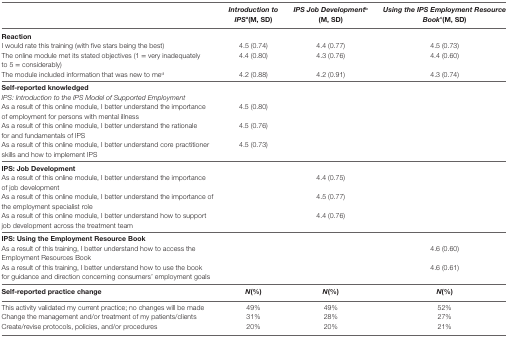
<table><thead><tr><td></td><td><b><i>Introduction to IPS<sup>a</sup></i>(M, SD)</b></td><td><b><i>IPS Job Development<sup>b</sup></i>(M, SD)</b></td><td><b><i>Using the IPS Employment Resource Book<sup>c</sup></i>(M, SD)</b></td></tr></thead><tbody><tr><td><b>Reaction</b></td><td></td><td></td><td></td></tr><tr><td>I would rate this training (with five stars being the best)</td><td>4.5 (0.74)</td><td>4.4 (0.77)</td><td>4.5 (0.73)</td></tr><tr><td>The online module met its stated objectives (1 = very inadequately to 5 = considerably)</td><td>4.4 (0.80)</td><td>4.3 (0.76)</td><td>4.4 (0.60)</td></tr><tr><td>The module included information that was new to me<sup>d</sup></td><td>4.2 (0.88)</td><td>4.2 (0.91)</td><td>4.3 (0.74)</td></tr><tr><td><b>Self-reported knowledge<sup>d</sup></b></td><td></td><td></td><td></td></tr><tr><td><i>IPS: Introduction to the IPS Model of Supported Employment</i></td><td></td><td></td><td></td></tr><tr><td>As a result of this online module, I better understand the importance of employment for persons with mental illness</td><td>4.5 (0.80)</td><td></td><td></td></tr><tr><td>As a result of this online module, I better understand the rationale for and fundamentals of IPS</td><td>4.5 (0.76)</td><td></td><td></td></tr><tr><td>As a result of this online module, I better understand core practitioner skills and how to implement IPS</td><td>4.5 (0.73)</td><td></td><td></td></tr><tr><td><b>IPS: Job Development</b></td><td></td><td></td><td></td></tr><tr><td>As a result of this online module, I better understand the importance of job development</td><td></td><td>4.4 (0.75)</td><td></td></tr><tr><td>As a result of this online module, I better understand the importance of the employment specialist role</td><td></td><td>4.5 (0.77)</td><td></td></tr><tr><td>As a result of this online module, I better understand how to support job development across the treatment team</td><td></td><td>4.4 (0.76)</td><td></td></tr><tr><td><b>IPS: Using the Employment Resource Book</b></td><td></td><td></td><td></td></tr><tr><td>As a result of this training, I better understand how to access the Employment Resources Book</td><td></td><td></td><td>4.6 (0.60)</td></tr><tr><td>As a result of this training, I better understand how to use the book for guidance and direction concerning consumers’ employment goals</td><td></td><td></td><td>4.6 (0.61)</td></tr><tr><td><b>Self-reported practice change</b></td><td><b><i>N</i>(%)</b></td><td><b><i>N</i>(%)</b></td><td><b><i>N</i>(%)</b></td></tr><tr><td>This activity validated my current practice; no changes will be made</td><td>49%</td><td>49%</td><td>52%</td></tr><tr><td>Change the management and/or treatment of my patients/clients</td><td>31%</td><td>28%</td><td>27%</td></tr><tr><td>Create/revise protocols, policies, and/or procedures</td><td>20%</td><td>20%</td><td>21%</td></tr></tbody></table>